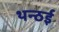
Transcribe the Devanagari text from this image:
थन्ठई